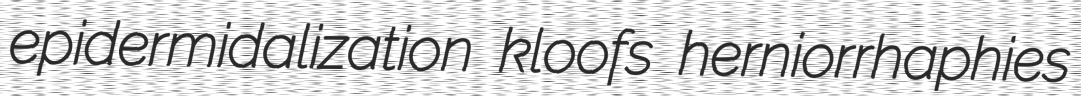
epidermidalization kloofs herniorrhaphies